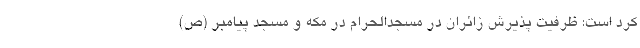
کرد است: ظرفیت پذیرش زائران در مسجدالحرام در مکه و مسجد پیامبر (ص)